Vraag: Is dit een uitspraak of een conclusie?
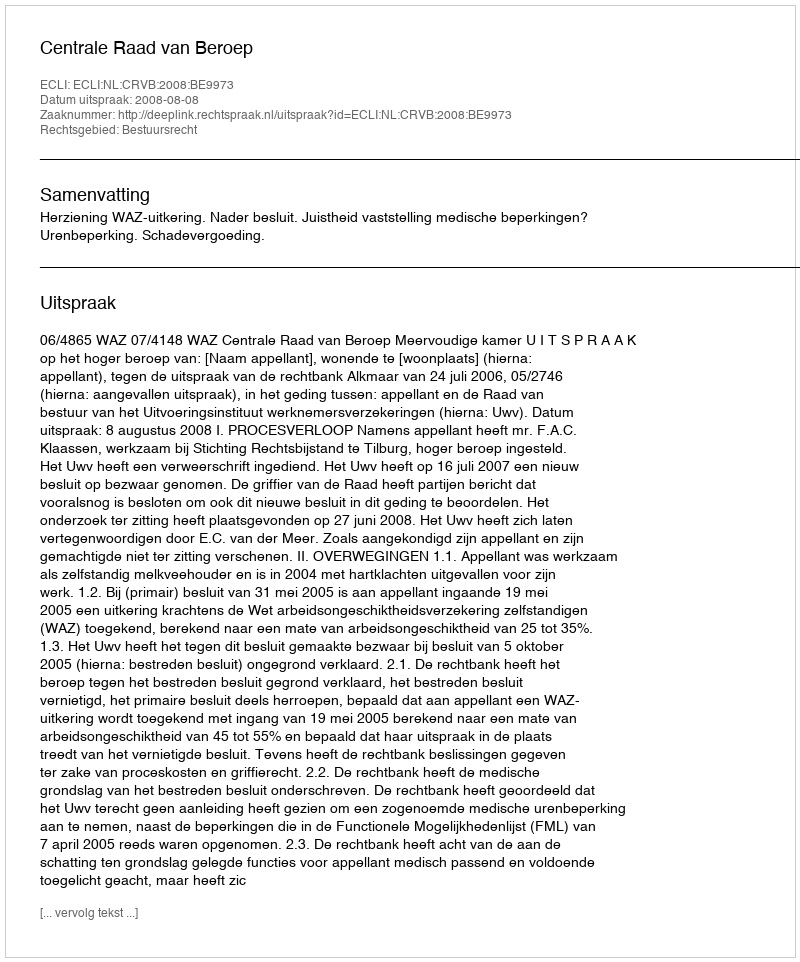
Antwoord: Uitspraak